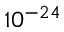
1 0 ^ { - 2 4 }